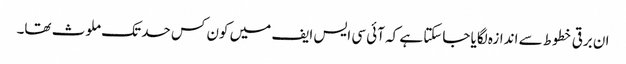
ان برقی خطوط سے اندازہ لگایا جاسکتا ہے کہ آئی سی ایس ایف میں کون کس حد تک ملوث تھا۔